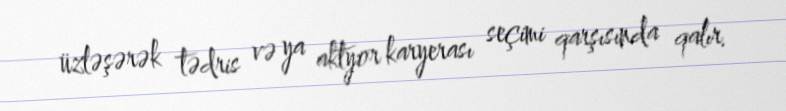
üzləşərək tədris və ya aktyor karyerası seçimi qarşısında qalır.